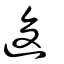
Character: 𢓭